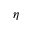
\eta